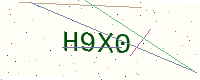
Text: H9X0